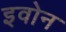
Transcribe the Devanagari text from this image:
इवोन